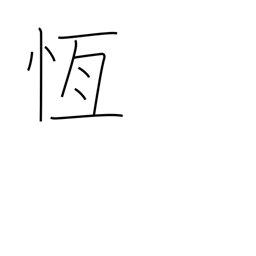
Meaning: persistent